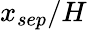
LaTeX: x_{sep}/H